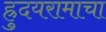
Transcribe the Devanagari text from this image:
ह्रुदयरामाचा